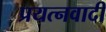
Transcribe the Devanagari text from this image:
प्रयत्नवादी